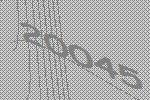
20045